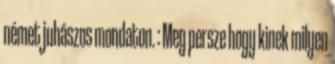
német juhászos mondaton. : Meg persze hogy kinek milyen